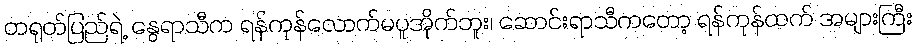
တရုတ်ပြည်ရဲ့ နွေရာသီက ရန်ကုန်လောက်မပူအိုက်ဘူး၊ ဆောင်းရာသီကတော့ ရန်ကုန်ထက် အများကြီး